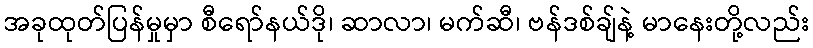
အခုထုတ်ပြန်မှုမှာ စီရော်နယ်ဒို၊ ဆာလာ၊ မက်ဆီ၊ ဗန်ဒစ်ချ်နဲ့ မာနေးတို့လည်း